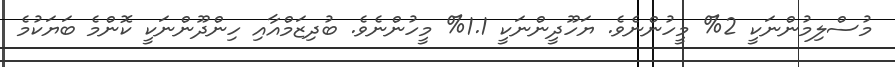
މުސްލިމުންނަކީ 2% މީހުންނެވެ. ޔަހޫދީންނަކީ 1.1% މީހުންނެވެ. ބުދިޒަމްއާއި ހިންދޫންނަކީ ކޮންމެ ބަޔަކުމެ